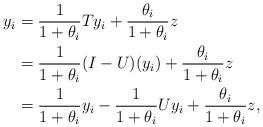
LaTeX: \begin{align*} y_i&=\frac{1}{1+\theta_i}Ty_i+\frac{\theta_i}{1+\theta_i}z\\ &=\frac{1}{1+\theta_i}(I-U)(y_i)+\frac{\theta_i}{1+\theta_i}z\\ &=\frac{1}{1+\theta_i}y_i-\frac{1}{1+\theta_i}Uy_i+\frac{\theta_i}{1+\theta_i}z, \end{align*}